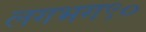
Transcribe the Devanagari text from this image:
लगभग९०